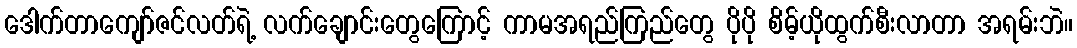
ဒေါက်တာကျော်ဇင်လတ်ရဲ့ လက်ချောင်းတွေကြောင့် ကာမအရည်ကြည်တွေ ပိုပို စိမ့်ယိုထွက်စီးလာတာ အရမ်းဘဲ။